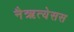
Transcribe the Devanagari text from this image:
नैऋत्येसस